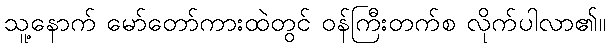
သူ့နောက် မော်တော်ကားထဲတွင် ဝန်ကြီးတက်စ လိုက်ပါလာ၏။